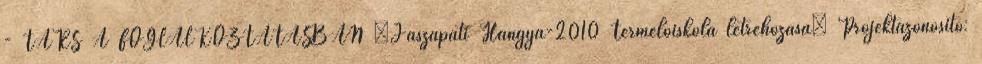
- TÁRS A FOGLALKOZTATÁSBAN „Jászapáti Hangya-2010 Termelőiskola létrehozása” Projektazonosító: